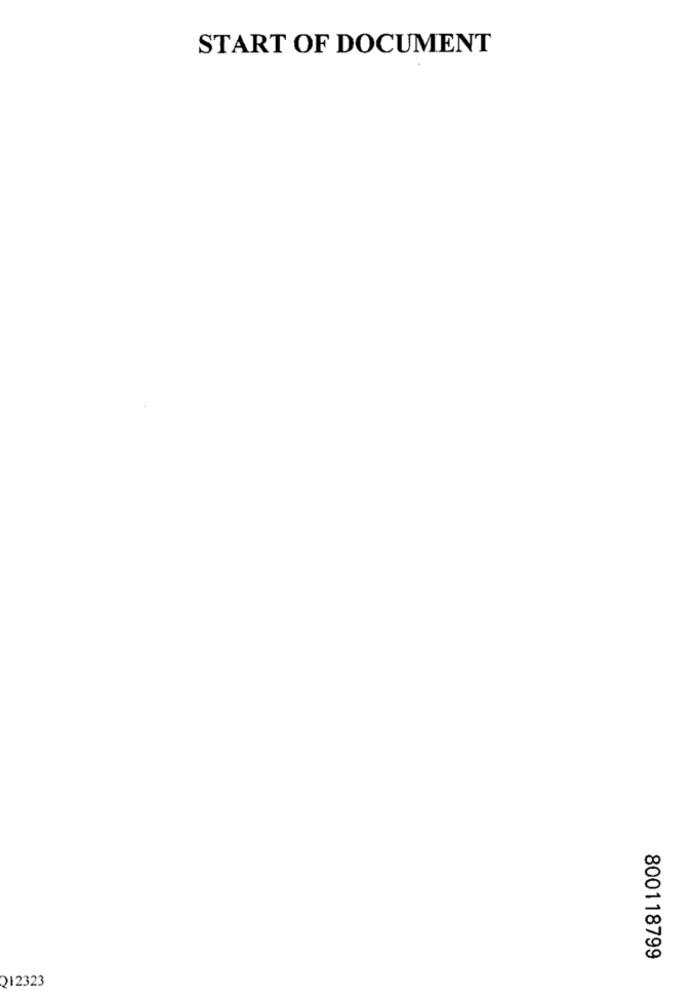
START OF DOCUMENT
800118799
212323